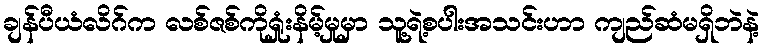
ချန်ပီယံလိဂ်က လစ်ဇစ်ကိုရှုံးနိမ့်မှုမှာ သူ့ရဲ့စပါးအသင်းဟာ ကျည်ဆံမရှိဘဲနဲ့